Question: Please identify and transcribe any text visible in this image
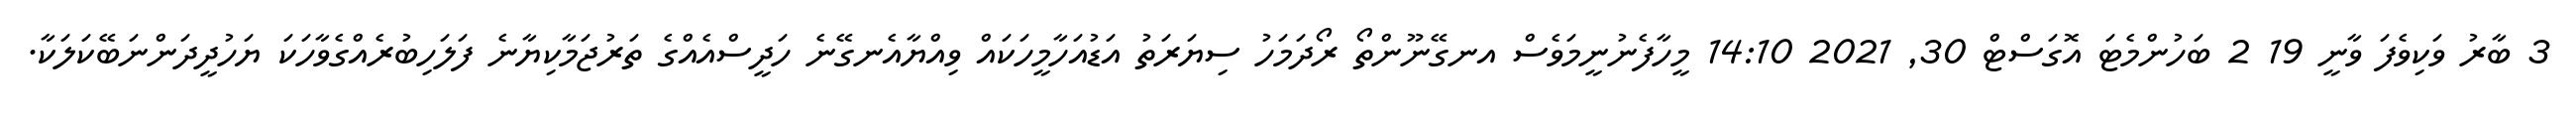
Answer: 3 ބާރު ވަކިވެފަ ވާނީ 19 2 ބަހުންމެޓަ އޮގަސްޓް 30, 2021 14:10 މީހާފެނުނީމަވެސް އނގޭނޫންތޯ ރޯދަމަހު ސިޔަރަތު އަޑުއަހާމީހަކައް ވިއްޔާއެނގޭނެ ހަދީސްއެއްގެ ތަރުޖަމާކިޔާނެ ފަލަހިބުރެއްގެވާހަކަ ޔަހުދީދަންނަބޭކަލަކާ.